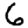
Digit: 6